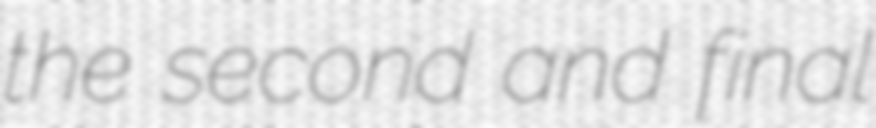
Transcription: the second and final